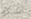
تشكو